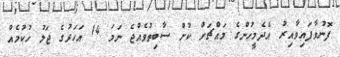
ފޮނުވާފައިވާއިރު އެދެމީހުންގެ މައްޗަށް ކުށް ސާބިތުވެއްޖެ ނަމަ 14 އަހަރުގެ ޖަލު ހުކުމެއް